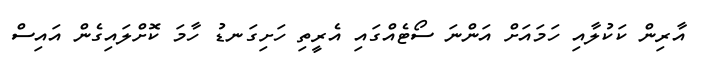
އާރިން ކަކުލާއި ހަމައަށް އަންނަ ސޯޓެއްގައި އެރީތި ހަށިގަނޑު ހާމަ ކޮށްލައިގެން އައިސް